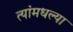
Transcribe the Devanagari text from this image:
त्यांमधल्या